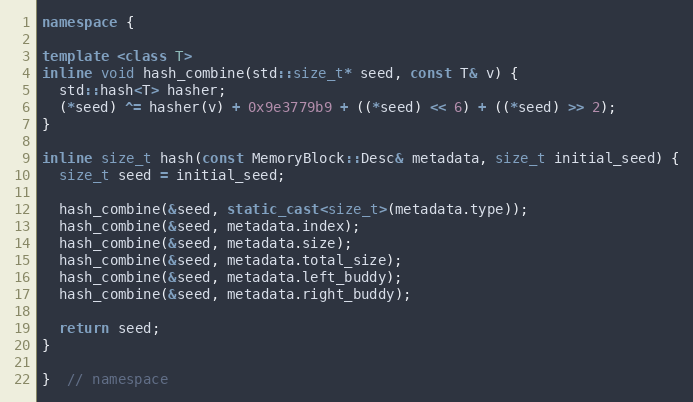
Language: C++
namespace {

template <class T>
inline void hash_combine(std::size_t* seed, const T& v) {
  std::hash<T> hasher;
  (*seed) ^= hasher(v) + 0x9e3779b9 + ((*seed) << 6) + ((*seed) >> 2);
}

inline size_t hash(const MemoryBlock::Desc& metadata, size_t initial_seed) {
  size_t seed = initial_seed;

  hash_combine(&seed, static_cast<size_t>(metadata.type));
  hash_combine(&seed, metadata.index);
  hash_combine(&seed, metadata.size);
  hash_combine(&seed, metadata.total_size);
  hash_combine(&seed, metadata.left_buddy);
  hash_combine(&seed, metadata.right_buddy);

  return seed;
}

}  // namespace